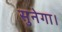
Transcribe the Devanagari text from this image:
सुनेगा।